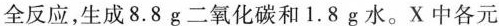
全反应，生成8.8g二氧化碳和1.8g水。X中各元